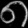
Digit: ၈